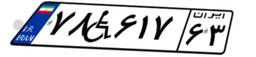
۷۸W۶۱۷۶۳